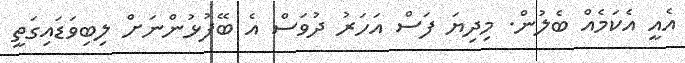
އެއީ އެކަމެއް ބެލުން. މިދިޔަ ފަސް އަހަރު ދުވަސް އެ ބޭފުޅުންނަށް ލިބިވަޑައިގަތީ